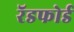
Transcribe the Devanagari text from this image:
रॅडफोर्ड